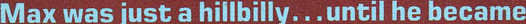
Max was just a hillbilly...until he became